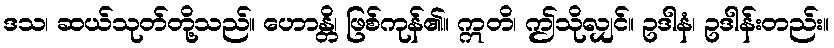
ဒသ၊ ဆယ်သုတ်တို့သည်။ ဟောန္တိ၊ ဖြစ်ကုန်၏။ ဣတိ၊ ဤသိုလျှင်။ ဥဒါနံ၊ ဥဒါန်းတည်း။